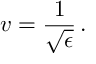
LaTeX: v = { \frac { 1 } { \sqrt { \epsilon } } } \, .